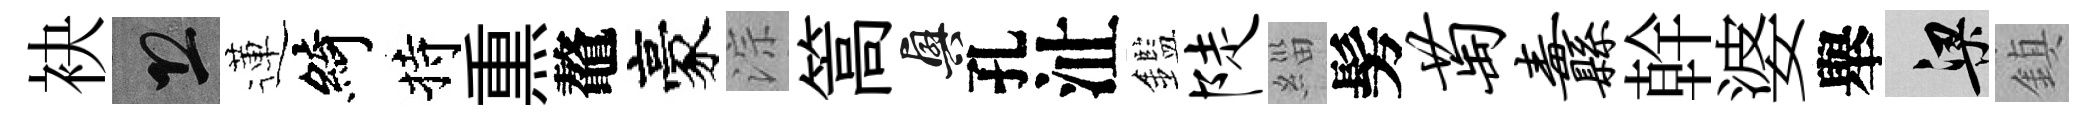
袂恐蓮綺持𤋱鼇豪淙篙興孔沚鑑陡緇髣萄纛幹婆舉梁鎮